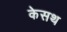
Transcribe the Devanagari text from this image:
केसथ